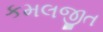
કમલજીત